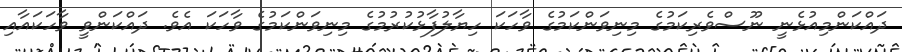
ދައްކަންމިއުޅެނީ ނޫސްވެރިކަމުގެ މިނިވަންކަމުގެ ވާހަކަ ހިޔާލުފާޅުކުރުމުގެ މިނިވަންކަމުގެ ވާހަކަ އެވެ. ދައްކަންވީ ވާހަކައާއި